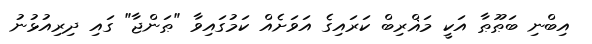
އިބްނި ބަޠޫޠާ އަކީ މަޣްރިބް ކަރައިގެ އަވަށެއް ކަމުގައިވާ "ޠަންޖާ" ގައި ދިރިއުޅުނު